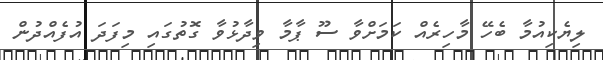
ލިޔެކިއުމާ ބެހޭ މާހިރެއް ކަމަށްވާ ސޫ ޕާމާ ވިދާޅުވާ ގޮތުގައި މިފަދަ އުފެއްދުން